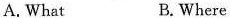
A. What B. Where